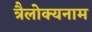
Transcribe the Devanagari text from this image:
त्रैलोक्यनाम